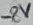
Text: -8V